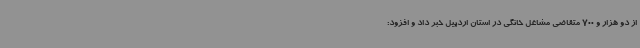
از دو هزار و 700 متقاضی مشاغل خانگی در استان اردبیل خبر داد و افزود: